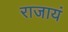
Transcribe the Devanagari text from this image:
राजायं